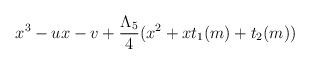
LaTeX: \begin{align*}x^3-ux-v+{\Lambda_5\over4}(x^2+xt_1(m)+t_2(m))\end{align*}